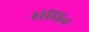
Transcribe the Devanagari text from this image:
संधिच